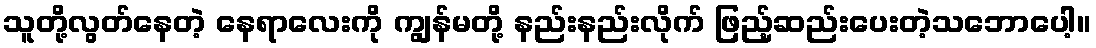
သူတို့လွတ်နေတဲ့ နေရာလေးကို ကျွန်မတို့ နည်းနည်းလိုက် ဖြည့်ဆည်းပေးတဲ့သဘောပေါ့။